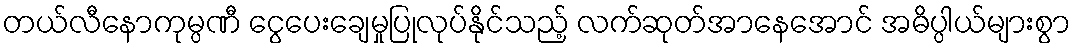
တယ်လီနောကုမ္ပဏီ ငွေပေးချေမှုပြုလုပ်နိုင်သည့် လက်ဆုတ်အာနေအောင် အဓိပ္ပါယ်များစွာ